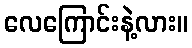
လေကြောင်းနဲ့လား။